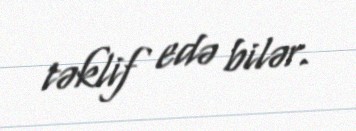
təklif edə bilər.